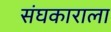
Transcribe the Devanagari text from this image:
संघकाराला